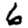
Digit: 6